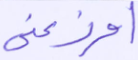
أوزعني